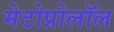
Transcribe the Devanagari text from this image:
मेटोप्रोलॉल